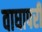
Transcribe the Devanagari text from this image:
वाघापरी